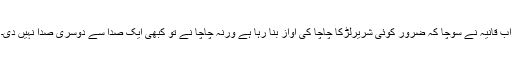
اب قانیہ نے سوچا کہ ضرور کوئی شریرلڑکا چاچا کی آواز بنا رہا ہے ورنہ چاچا نے تو کبھی ایک صدا سے دوسری صدا نہیں دی۔